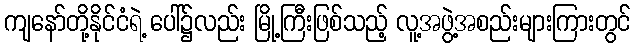
ကျနော်တို့နိုင်ငံရဲ့ ပေါ်၌လည်း မြို့ကြီးဖြစ်သည့် လူ့အဖွဲ့အစည်းများကြားတွင်